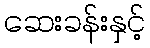
ဆေးခန်းနှင့်